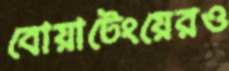
বোয়াটেংয়েরও